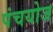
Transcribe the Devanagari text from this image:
पंचयोज